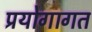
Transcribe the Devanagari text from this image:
प्रयोगागत